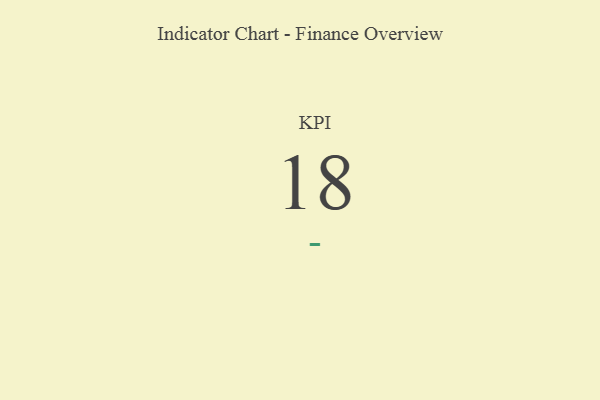
{"axis": {"x": "KPI", "y": "Value"}, "legend": [""], "data": [{"x": "KPI", "y": 18, "type": ""}]}